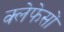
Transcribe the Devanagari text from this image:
क्लेफेसों